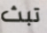
تبث